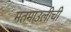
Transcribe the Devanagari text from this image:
मतमाउलीची